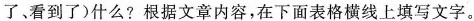
了、看到了)什么?根据文章内容，在下面表格横线上填写文字。